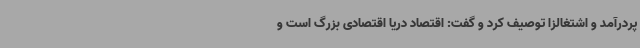
پردرآمد و اشتغالزا توصیف کرد و گفت: اقتصاد دریا اقتصادی بزرگ است و